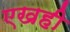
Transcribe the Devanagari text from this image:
एखही